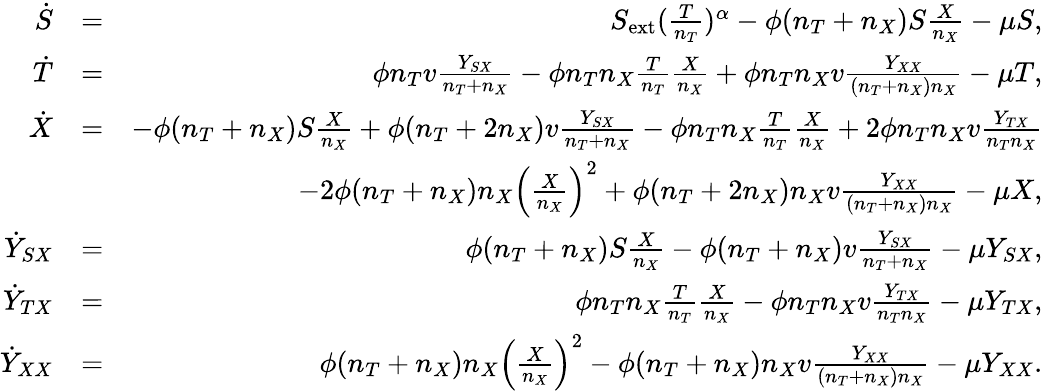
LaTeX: \begin{array}{rlr}{\dot{S}}&{=}&{S_{\mathrm{ext}}(\frac{T}{n_{T}})^{\alpha}-\phi(n_{T}+n_{X})S\frac{X}{n_{X}}-\mu S,}\\ {\dot{T}}&{=}&{\phi n_{T}v\frac{Y_{SX}}{n_{T}+n_{X}}-\phi n_{T}n_{X}\frac{T}{n_{T}}\frac{X}{n_{X}}+\phi n_{T}n_{X}v\frac{Y_{XX}}{(n_{T}+n_{X})n_{X}}-\mu T,}\\ {\dot{X}}&{=}&{-\phi(n_{T}+n_{X})S\frac{X}{n_{X}}+\phi(n_{T}+2n_{X})v\frac{Y_{SX}}{n_{T}+n_{X}}-\phi n_{T}n_{X}\frac{T}{n_{T}}\frac{X}{n_{X}}+2\phi n_{T}n_{X}v\frac{Y_{TX}}{n_{T}n_{X}}}\\ &{}&{-2\phi(n_{T}+n_{X})n_{X}\left(\frac{X}{n_{X}}\right)^{2}+\phi(n_{T}+2n_{X})n_{X}v\frac{Y_{XX}}{(n_{T}+n_{X})n_{X}}-\mu X,}\\ {\dot{Y}_{SX}}&{=}&{\phi(n_{T}+n_{X})S\frac{X}{n_{X}}-\phi(n_{T}+n_{X})v\frac{Y_{SX}}{n_{T}+n_{X}}-\mu Y_{SX},}\\ {\dot{Y}_{TX}}&{=}&{\phi n_{T}n_{X}\frac{T}{n_{T}}\frac{X}{n_{X}}-\phi n_{T}n_{X}v\frac{Y_{TX}}{n_{T}n_{X}}-\mu Y_{TX},}\\ {\dot{Y}_{XX}}&{=}&{\phi(n_{T}+n_{X})n_{X}\left(\frac{X}{n_{X}}\right)^{2}-\phi(n_{T}+n_{X})n_{X}v\frac{Y_{XX}}{(n_{T}+n_{X})n_{X}}-\mu Y_{XX}.}\end{array}